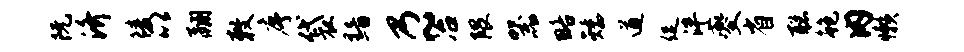
阮济陵以翮敕序袋黯乃~冶隈器略矮遒促泮夔省聪鲍内懒